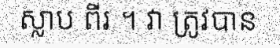
ស្លាប ពីរ ។ វា ត្រូវបាន